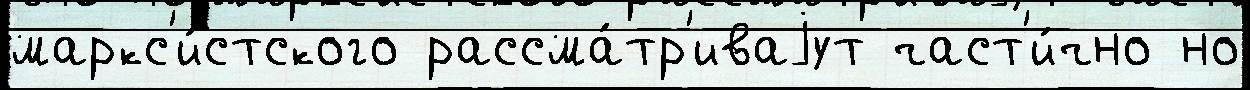
маркс'и́стского рассма́тр'иваjут част'и́чно но